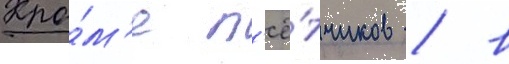
Кро́м'е л'ё́тчиков / в